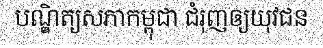
បណ្ឌិត្យសភាកម្ពុជា ជំរុញឲ្យយុវជន